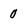
Character: 0